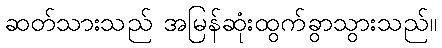
ဆတ်သားသည် အမြန်ဆုံးထွက်ခွာသွားသည်။